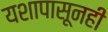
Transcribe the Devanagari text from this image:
यशापासूनही